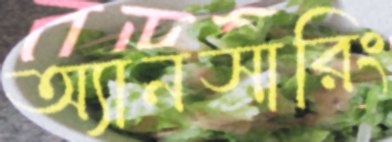
অ্যানসারিং